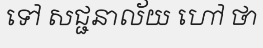
ទៅ សជ្ជនាល័យ ហៅ ថា